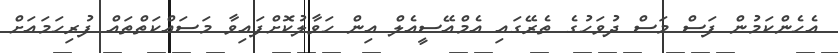
އެހެންކަމުން ފަސް މަސް ދުވަހުގެ ތެރޭގައި އެމްއޭސީއެލް އިން ހަވާލުކޮށްފައިވާ މަސައްކަތްތައް ފުރިހަމައަށް